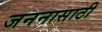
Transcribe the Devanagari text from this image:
जननासाठी